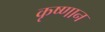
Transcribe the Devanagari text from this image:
कृष्णान